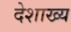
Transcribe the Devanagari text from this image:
देशाख्य